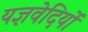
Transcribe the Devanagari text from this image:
यज्ञवेदियों